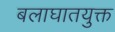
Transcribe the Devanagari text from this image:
बलाघातयुक्त